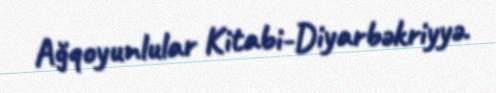
Ağqoyunlular Kitabi-Diyarbəkriyyə.